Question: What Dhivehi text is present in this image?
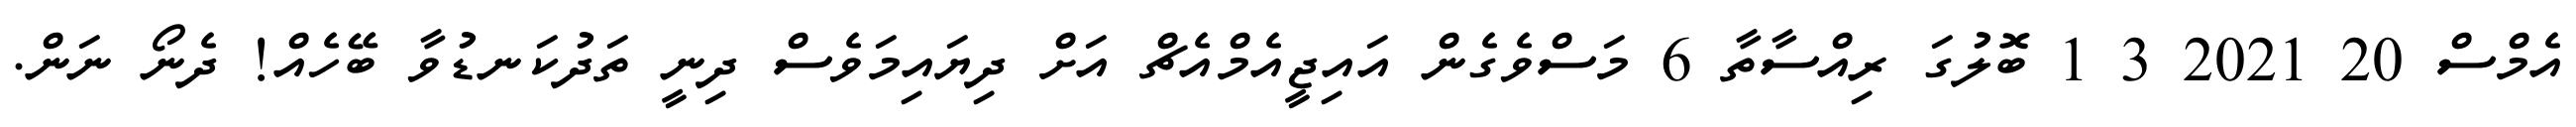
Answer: އެމްސް 20 2021 3 1 ބޮލުގަ ރިއްސާތާ 6 މަސްވެގެން އައިޖީއެމްއެޗް އަށް ދިޔައިމަވެސް ދިނީ ތަދުކަނޑުވާ ބޭހެއް! ދެނޯ ނަން.